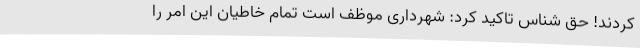
کردند! حق شناس تاکید کرد: شهرداری موظف است تمام خاطیان این امر را